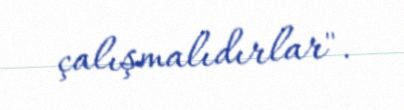
çalışmalıdırlar".